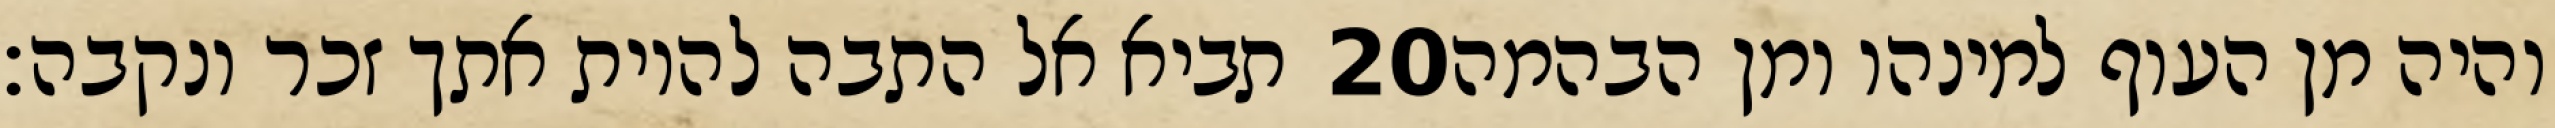
תביא אל התבה להיות אתך זכר ונקבה׃ ‎20‏ והיה מן העוף למינהו ומן הבהמה